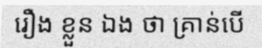
រឿង ខ្លួន ឯង ថា គ្រាន់បើ